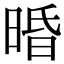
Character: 𣇲